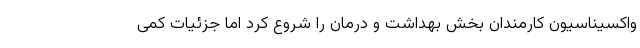
واکسیناسیون کارمندان بخش بهداشت و درمان را شروع کرد اما جزئیات کمی